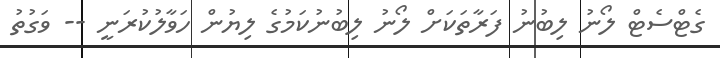
ގެޓްސެޓް ލޯނު ލިބުނު ފަރާތަކަށް ލޯނު ލިބުނުކަމުގެ ލިޔުން ހަވާލުކުރަނީ -- ވަގުތު